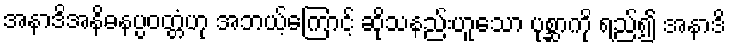
အနာဒိအနိဓနပ္ပဝတ္တံဟု အဘယ့်ကြောင့် ဆိုသနည်းဟူသော ပုစ္ဆာကို ရည်၍ အနာဒိ